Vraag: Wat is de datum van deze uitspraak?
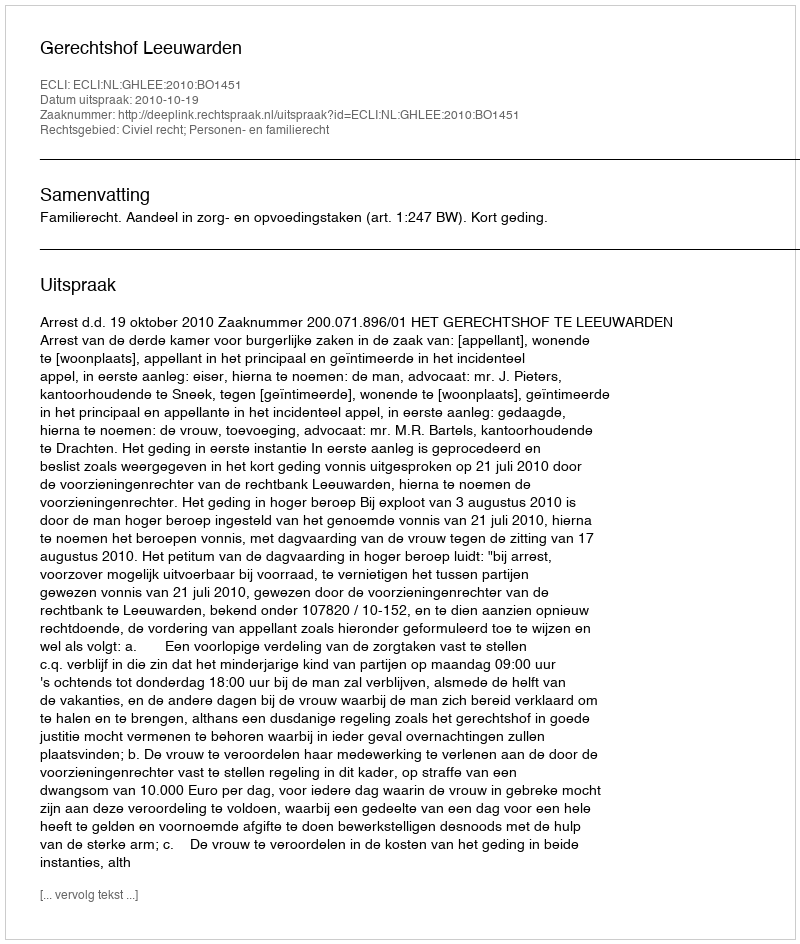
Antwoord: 2010-10-19